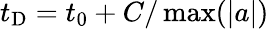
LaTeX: t_{\mathrm{D}}=t_{0}+C/\operatorname*{max}(\lvert a\rvert)